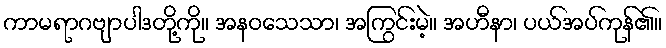
ကာမရာဂဗျာပါဒတို့ကို။ အနဝသေသာ၊ အကြွင်းမဲ့။ အဟီနာ၊ ပယ်အပ်ကုန်၏။